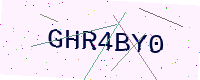
Text: GHR4BY0